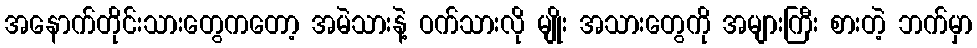
အနောက်တိုင်းသားတွေကတော့ အမဲသားနဲ့ ဝက်သားလို မျိုး အသားတွေကို အများကြီး စားတဲ့ ဘက်မှာ